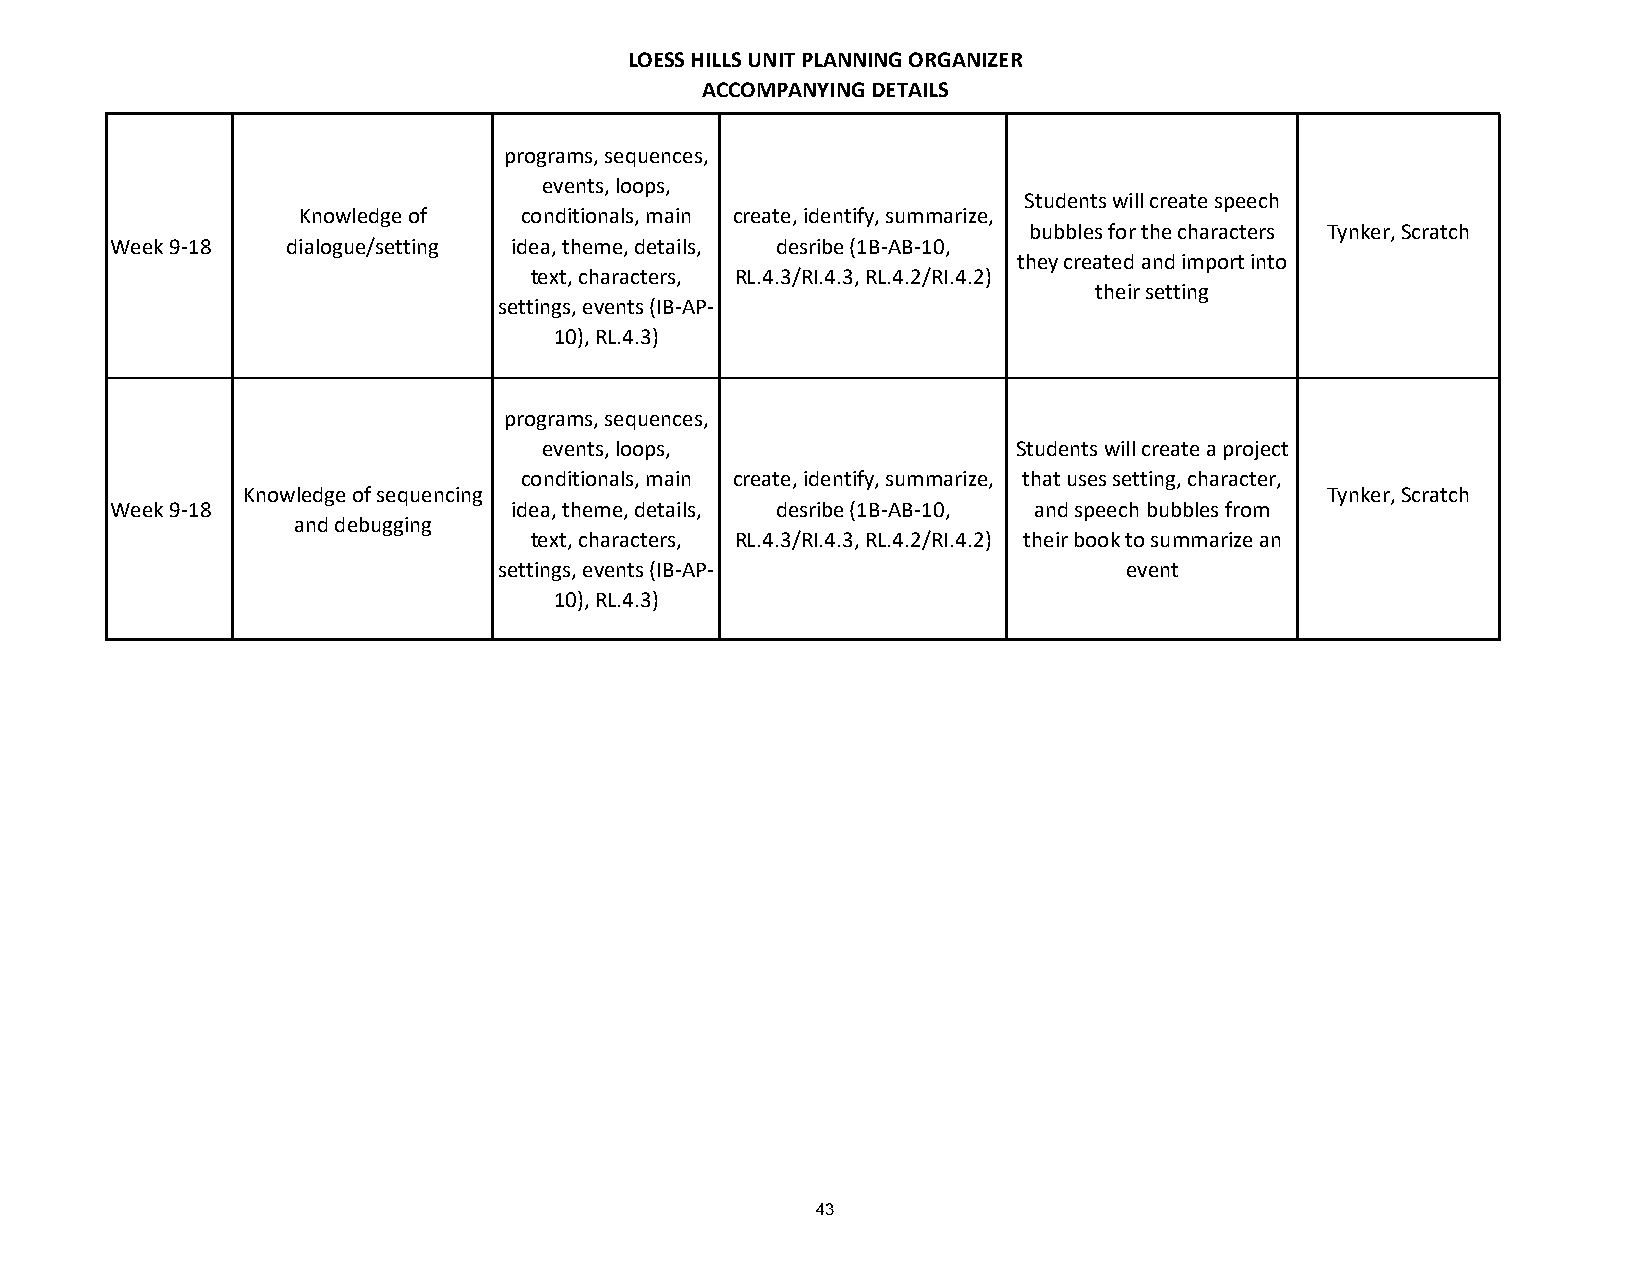
LOESS HILLS UNIT PLANNING ORGANIZER
 ACCOMPANYING DETAILS
 programs, sequences,
 events, loops,
 Students will create speech
 Knowledge of  conditionals, main create, identify, summarize,
 bubbles for the characters Tynker, Scratch
 Week 9-18   dialogue/setting idea, theme, details, desribe (1B-AB-10,
 they created and import into
 text, characters, RL.4.3/RI.4.3, RL.4.2/RI.4.2)
 their setting
 settings, events (IB-AP-
 10), RL.4.3)
 programs, sequences,
 events, loops,                 Students will create a project
 conditionals, main create, identify, summarize, that uses setting, character,
 Knowledge of sequencing                                                 Tynker, Scratch
 Week 9-18                  idea, theme, details, desribe (1B-AB-10, and speech bubbles from
 and debugging
 text, characters, RL.4.3/RI.4.3, RL.4.2/RI.4.2) their book to summarize an
 settings, events (IB-AP-                 event
 10), RL.4.3)
 43